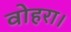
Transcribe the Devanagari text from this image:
वोहरा।